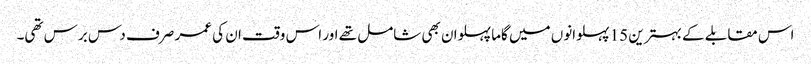
اس مقابلے کے بہترین 15 پہلوانوں میں گاما پہلوان بھی شامل تھے اور اس وقت ان کی عمر صرف دس برس تھی۔